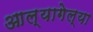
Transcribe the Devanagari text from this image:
आल्यागेल्या